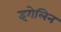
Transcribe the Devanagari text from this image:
इगेलिन